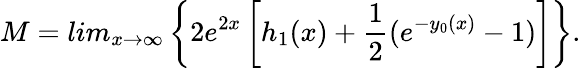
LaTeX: M=lim_{x\rightarrow\infty}\left\{ 2e^{2x}\left[h_{1}(x)+\frac{1}{2}(e^{-y_{0}(x)}-1)\right]\right\} .